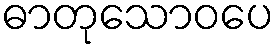
ဓာတုသောဝပေ